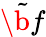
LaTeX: \tilde{\b{f}}